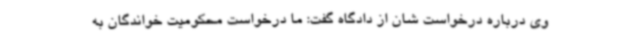
وی درباره درخواست شان از دادگاه گفت: ما درخواست محکومیت خواندگان به